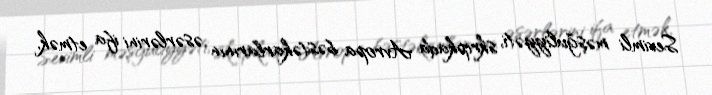
Sevimli məşğuliyyəti, skripkada Avropa bəstəkarlarının əsərlərini ifa etmək,